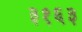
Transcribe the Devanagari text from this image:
३१६३